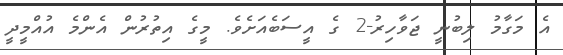
އެ މަގާމު ލިބުނީ ޖަވާހިރު-2 ގެ އީސަބެއަށެވެ. މީގެ އިތުރުން އެންމެ އުއްމީދީ